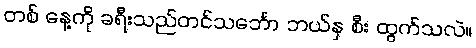
တစ် နေ့ကို ခရီးသည်တင်သင်္ဘော ဘယ်နှ စီး ထွက်သလဲ။